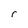
Character: r